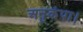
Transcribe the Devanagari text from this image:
अनुकंपा।